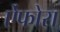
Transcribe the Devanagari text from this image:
ऐंफोरा